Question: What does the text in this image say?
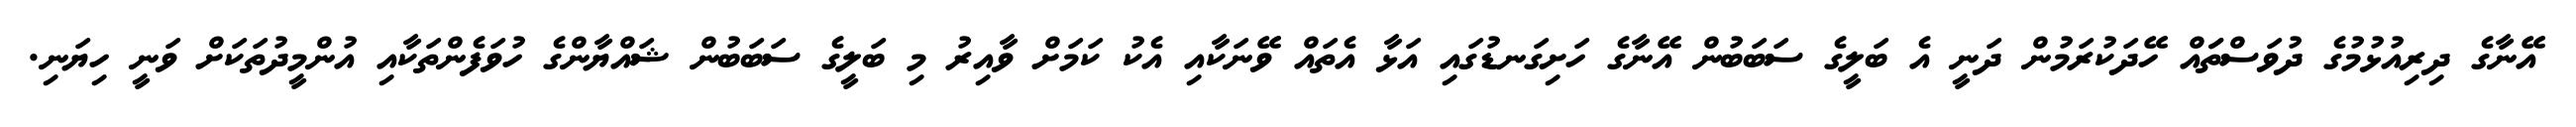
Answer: އޭނާގެ ދިރިއުޅުމުގެ ދުވަސްތަައް ހޭދަކުރަމުން ދަނީ އެ ބަލީގެ ސަބަބުން އޭނާގެ ހަށިގަނޑުގައި އަޅާ އެތައް ވޭނަކާއި އެކު ކަމަށް ވާއިރު މި ބަލީގެ ސަބަބުން ޝައްޔާންގެ ހުވަފެންތަކާއި އުންމީދުތަކަށް ވަނީ ހިޔަނި.